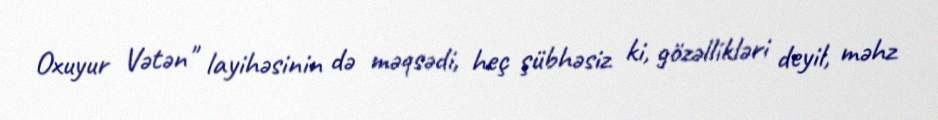
Oxuyur Vətən" layihəsinin də məqsədi, heç şübhəsiz ki, gözəllikləri deyil, məhz